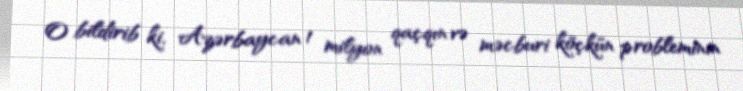
O bildirib ki, Azərbaycan 1 milyon qaçqın və məcburi köçkün probleminin